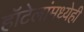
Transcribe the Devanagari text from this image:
हॉटेलांमध्येही